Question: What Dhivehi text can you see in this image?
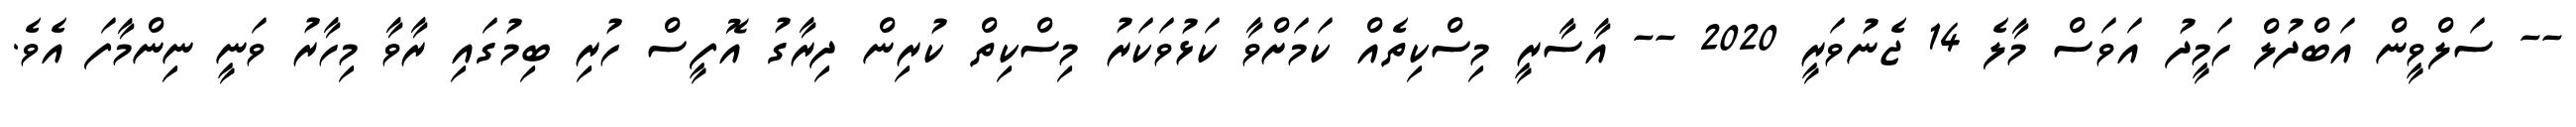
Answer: -- ސަލްވީން އަބްދުލް ހަމީދު އަވަސް މާލެ 14 ޖެނުވަރީ 2020 -- އާސާރީ މިސްކިތެއް ކަމަށްވާ ކަޅުވަކަރު މިސްކިތް ކުރިން ދިރާގު އޮފީސް ހުރި ބިމުގައި ރާވާ މިހާރު ވަނީ ނިންމާފަ އެވެ.